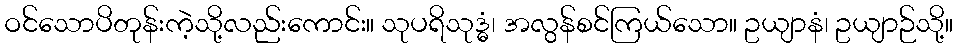
ဝင်သောပိတုန်းကဲ့သို့လည်းကောင်း။ သုပရိသုဒ္ဓံ၊ အလွန်စင်ကြယ်သော။ ဥယျာနံ၊ ဥယျာဉ်သို့။